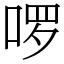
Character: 啰